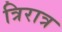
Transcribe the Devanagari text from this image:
त्रिरात्र